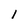
Character: 1